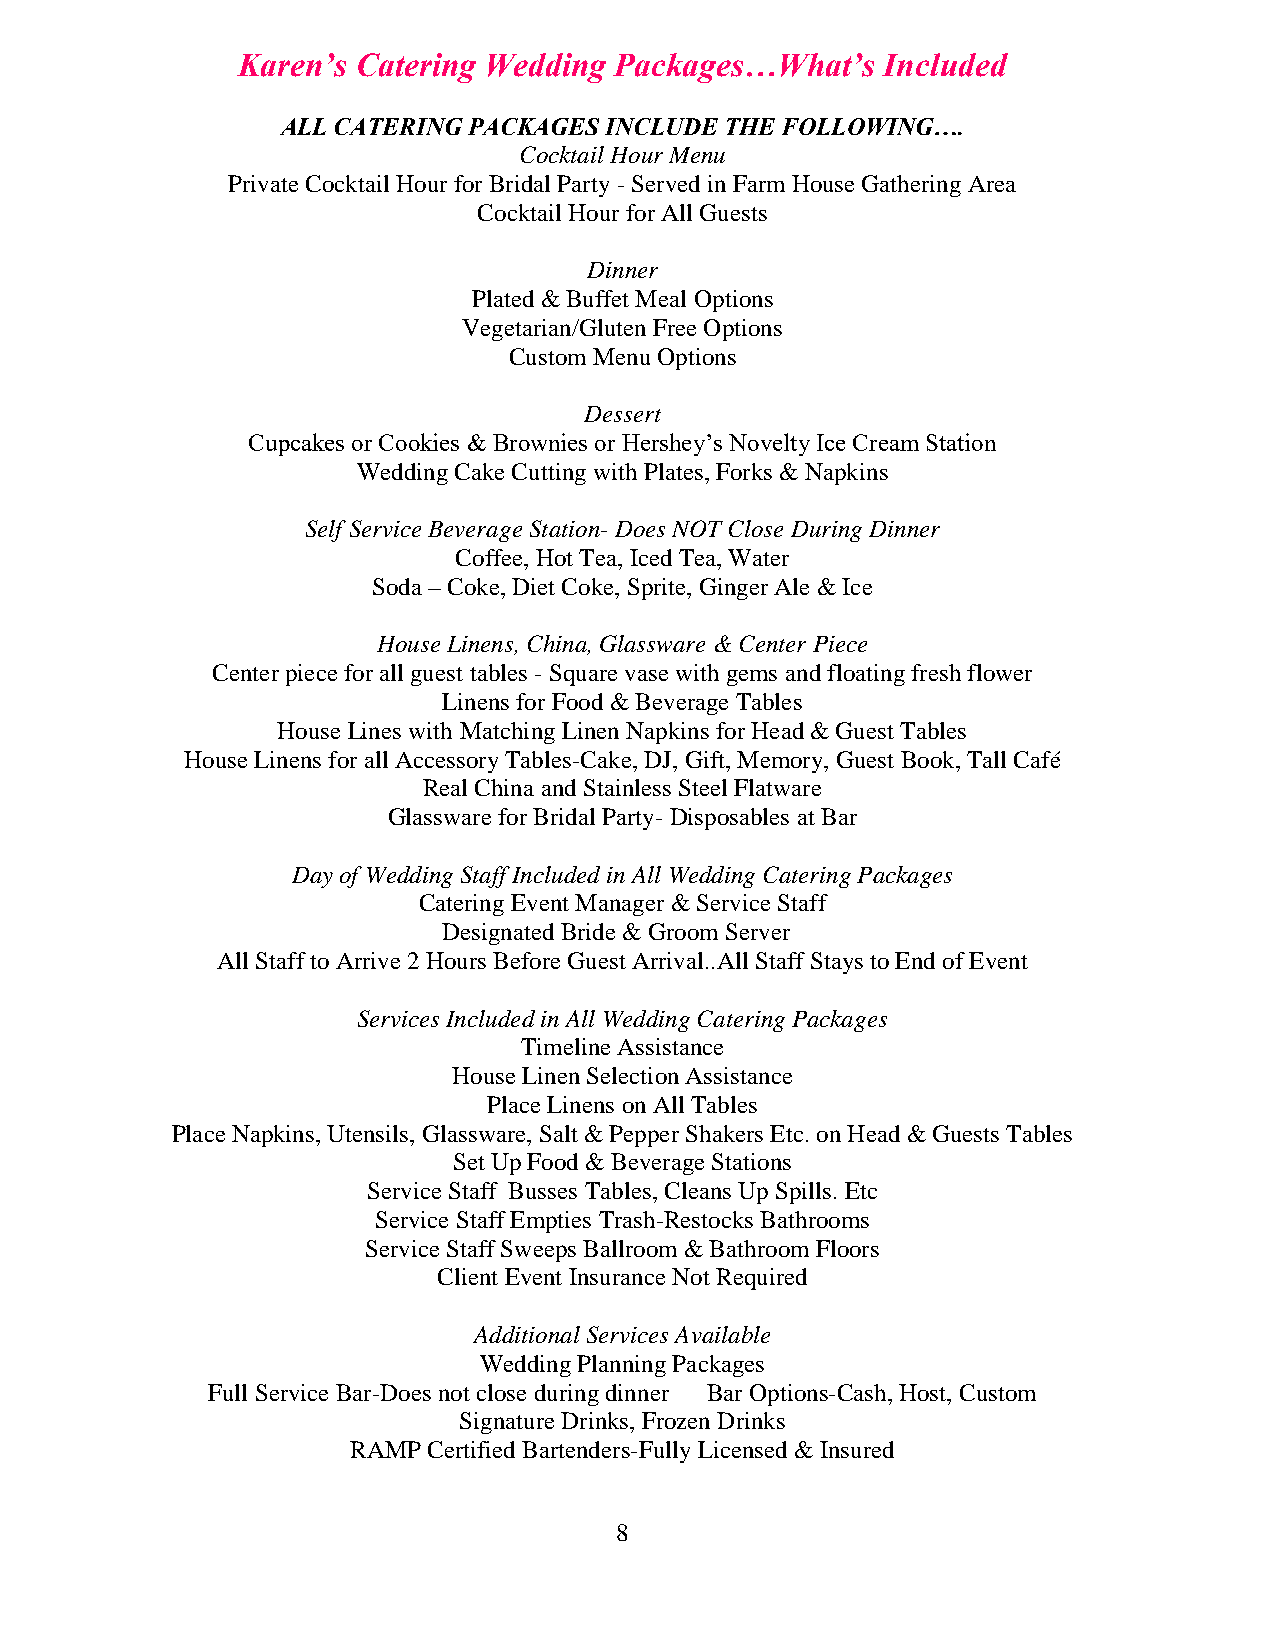
Karen’s Catering Wedding Packages…What’s   Included
 ALL CATERING PACKAGES INCLUDE THE FOLLOWING….
 Cocktail Hour Menu
 Private Cocktail Hour for Bridal Party - Served in Farm House Gathering Area
 Cocktail Hour for All Guests
 Dinner
 Plated & Buffet Meal Options
 Vegetarian/Gluten Free Options
 Custom Menu Options
 Dessert
 Cupcakes or Cookies & Brownies or Hershey’s Novelty Ice Cream Station
 Wedding Cake Cutting with Plates, Forks & Napkins
 Self Service Beverage Station- Does NOT Close During Dinner
 Coffee, Hot Tea, Iced Tea, Water
 Soda – Coke, Diet Coke, Sprite, Ginger Ale & Ice
 House Linens, China, Glassware & Center Piece
 Center piece for all guest tables - Square vase with gems and floating fresh flower
 Linens for Food & Beverage Tables
 House Lines with Matching Linen Napkins for Head & Guest Tables
 House Linens for all Accessory Tables-Cake, DJ, Gift, Memory, Guest Book, Tall Café
 Real China and Stainless Steel Flatware
 Glassware for Bridal Party- Disposables at Bar
 Day of Wedding Staff Included in All Wedding Catering Packages
 Catering Event Manager & Service Staff
 Designated Bride & Groom Server
 All Staff to Arrive 2 Hours Before Guest Arrival..All Staff Stays to End of Event
 Services Included in All Wedding Catering Packages
 Timeline Assistance
 House Linen Selection Assistance
 Place Linens on All Tables
 Place Napkins, Utensils, Glassware, Salt & Pepper Shakers Etc. on Head & Guests Tables
 Set Up Food & Beverage Stations
 Service Staff Busses Tables, Cleans Up Spills. Etc
 Service Staff Empties Trash-Restocks Bathrooms
 Service Staff Sweeps Ballroom & Bathroom Floors
 Client Event Insurance Not Required
 Additional Services Available
 Wedding Planning Packages
 Full Service Bar-Does not close during dinner Bar Options-Cash, Host, Custom
 Signature Drinks, Frozen Drinks
 RAMP Certified Bartenders-Fully Licensed & Insured
 8